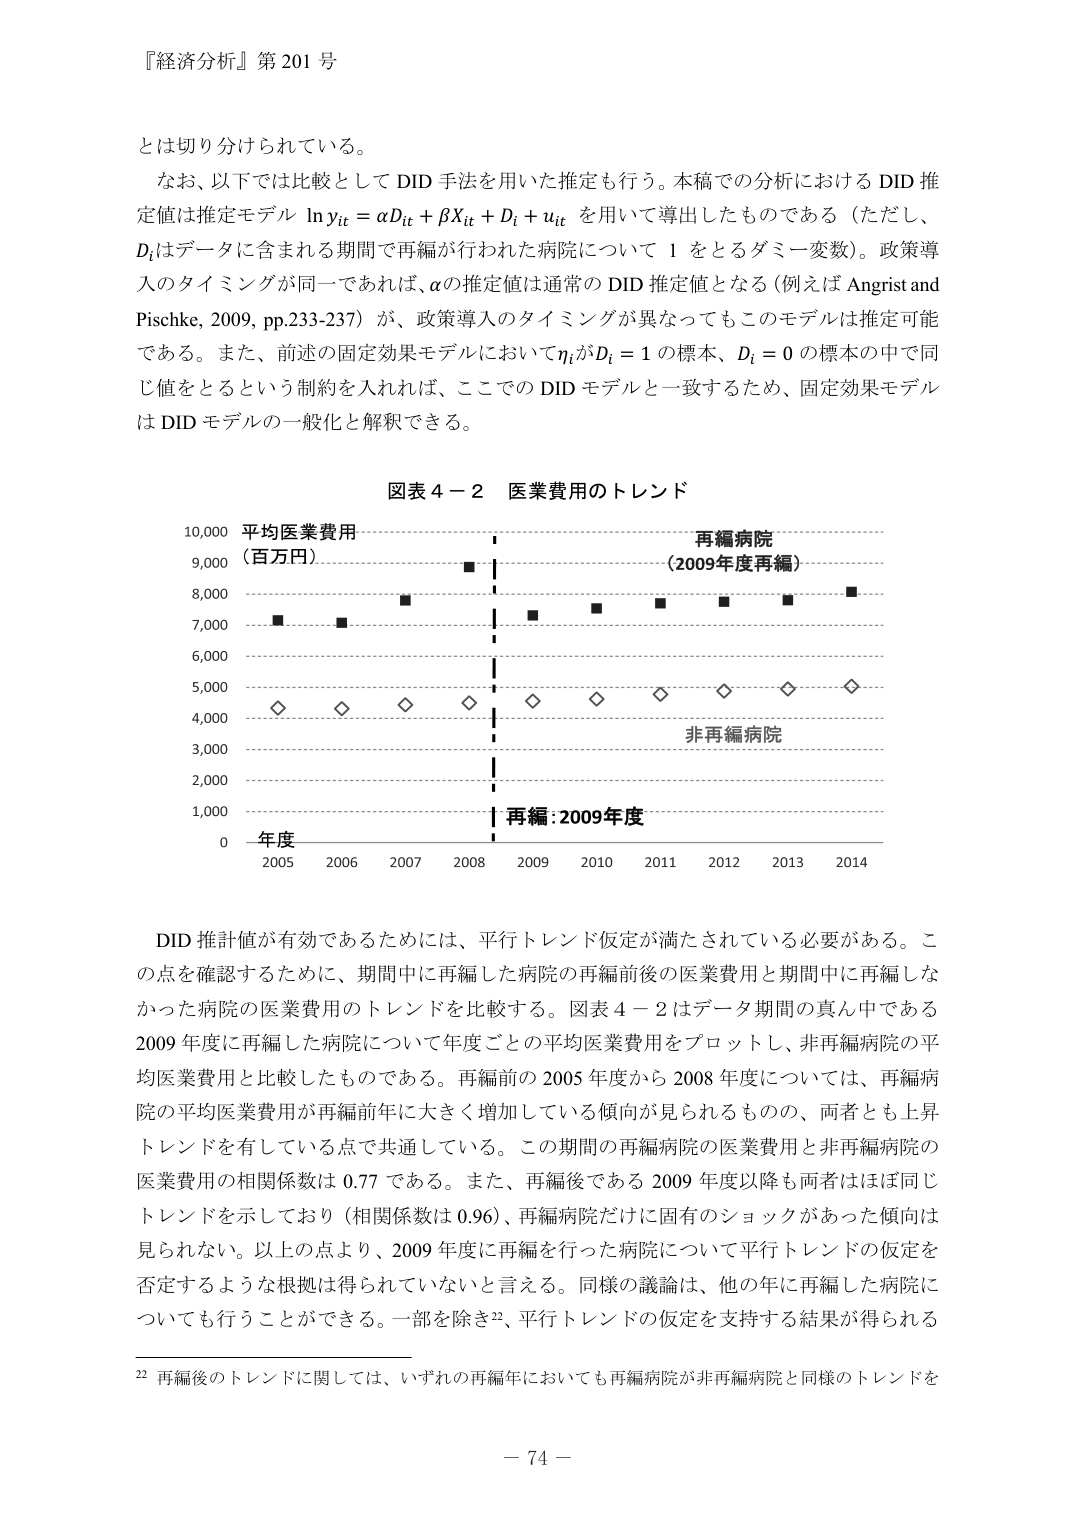
『経済分析』第 201 号

とは切り分けられている。

なお、以下では比較として DID 手法を用いた推定も行う。本稿での分析における DID 推定値は推定モデル ln yit = αDit + βXit + Di + uit を用いて導出したものである（ただし、Di はデータに含まれる期間で再編が行われた病院について 1 をとるダミー変数）。政策導入のタイミングが同一であれば、α の推定値は通常の DID 推定値となる（例えば Angrist and Pischke, 2009, pp.233-237）が、政策導入のタイミングが異なってもこのモデルは推定可能である。また、前述の固定効果モデルにおいて ηi が Di = 1 の標本、Di = 0 の標本の中で同じ値をとるという制約を入れれば、ここでの DID モデルと一致するため、固定効果モデルは DID モデルの一般化と解釈できる。

図表 4－2 医業費用のトレンド

平均医業費用
（百万円）
10,000
9,000
8,000
7,000
6,000
5,000
4,000
3,000
2,000
1,000
0

年度
2005 2006 2007 2008 2009 2010 2011 2012 2013 2014

再編病院
（2009年度再編）

非再編病院

再編：2009年度

DID 推計値が有効であるためには、平行トレンド仮定が満たされている必要がある。この点を確認するために、期間中に再編した病院の再編前後の医業費用と期間中に再編しなかった病院の医業費用のトレンドを比較する。図表 4－2 はデータ期間の真ん中である 2009 年度に再編した病院について年度ごとの平均医業費用をプロットし、非再編病院の平均医業費用と比較したものである。再編前の 2005 年度から 2008 年度については、再編病院の平均医業費用が再編前年で大きく増加している傾向が見られるものの、両者とも上昇トレンドを有している点で共通している。この期間の再編病院の医業費用と非再編病院の医業費用の相関係数は 0.77 である。また、再編後である 2009 年度以降も両者はほぼ同じトレンドを示しており（相関係数は 0.96）、再編病院だけに固有のショックがあった傾向は見られない。以上の点より、2009 年度に再編を行った病院について平行トレンドの仮定を否定するような根拠は得られていないと言える。同様の議論は、他の年に再編した病院についても行うことができる。一部を除き22、平行トレンドの仮定を支持する結果が得られる

22 再編後のトレンドに関しては、いずれの再編年においても再編病院が非再編病院と同様のトレンドを

－ 74 －